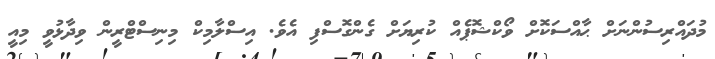
މުދައްރިސުންނަށް ޙާއްސަކޮށް ވޯކްޝޮޕެއް ކުރިޔަށް ގެންގޮސްފި އެވެ. އިސްލާމިކް މިނިސްޓްރީން ވިދާޅުވީ މިއީ